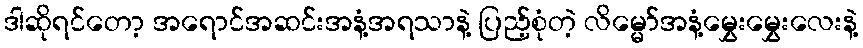
ဒါဆိုရင်တော့ အရောင်အဆင်းအနံ့အရသာနဲ့ ပြည့်စုံတဲ့ လိမ္မော်အနံ့မွှေးမွှေးလေးနဲ့